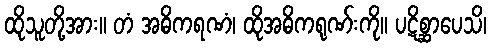
ထိုသူတို့အား။ တံ အဓိကရဏံ၊ ထိုအဓိကရုဏ်းကို။ ပဋိစ္ဆာပေသိ၊